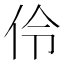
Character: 伶